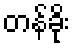
တန်ခိုး